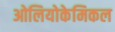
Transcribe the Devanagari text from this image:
ओलियोकेमिकल